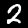
Digit: 2